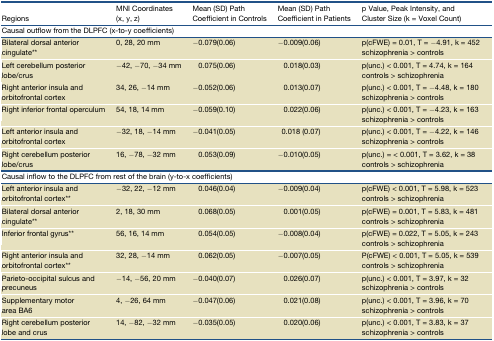
<table><thead><tr><td><b>Regions</b></td><td><b>MNI Coordinates (x, y, z)</b></td><td><b>Mean (SD) Path Coefficient in Controls</b></td><td><b>Mean (SD) Path Coefficient in Patients</b></td><td><b>p Value, Peak Intensity, and Cluster Size (k = Voxel Count)</b></td></tr></thead><tbody><tr><td colspan="5"><b>Causal outflow from the DLPFC (x-to-y coefficients)</b></td></tr><tr><td>Bilateral dorsal anterior cingulate<sup>∗∗</sup></td><td>0, 28, 20 mm</td><td>−0.079(0.06)</td><td>−0.009(0.06)</td><td>p(cFWE) = 0.01, T = −4.91, k = 452schizophrenia &gt; controls</td></tr><tr><td>Left cerebellum posterior lobe/crus</td><td>−42, −70, −34 mm</td><td>0.075(0.06)</td><td>0.018(0.03)</td><td>p(unc.) &lt; 0.001, T = 4.74, k = 164 controls &gt; schizophrenia</td></tr><tr><td>Right anterior insula and orbitofrontal cortex</td><td>34, 26, −14 mm</td><td>−0.052(0.06)</td><td>0.013(0.07)</td><td>p(unc.) &lt; 0.001, T = −4.48, k = 180schizophrenia &gt; controls</td></tr><tr><td>Right inferior frontal operculum</td><td>54, 18, 14 mm</td><td>−0.059(0.10)</td><td>0.022(0.06)</td><td>p(unc.) &lt; 0.001, T = −4.23, k = 163schizophrenia &gt; controls</td></tr><tr><td>Left anterior insula and orbitofrontal cortex</td><td>−32, 18, −14 mm</td><td>−0.041(0.05)</td><td>0.018 (0.07)</td><td>p(unc.) &lt; 0.001, T = −4.22, k = 146schizophrenia &gt; controls</td></tr><tr><td>Right cerebellum posterior lobe/crus</td><td>16, −78, −32 mm</td><td>0.053(0.09)</td><td>−0.010(0.05)</td><td>p(unc.) = &lt; 0.001, T = 3.62, k = 38controls &gt; schizophrenia</td></tr><tr><td colspan="5"><b>Causal inflow to the DLPFC from rest of the brain (y-to-x coefficients)</b></td></tr><tr><td>Left anterior insula and orbitofrontal cortex<sup>∗∗</sup></td><td>−32, 22, −12 mm</td><td>0.046(0.04)</td><td>−0.009(0.04)</td><td>p(cFWE) &lt; 0.001, T = 5.98, k = 523controls &gt; schizophrenia</td></tr><tr><td>Bilateral dorsal anterior cingulate<sup>∗∗</sup></td><td>2, 18, 30 mm</td><td>0.068(0.05)</td><td>0.001(0.05)</td><td>p(cFWE) = 0.001, T = 5.83, k = 481controls &gt; schizophrenia</td></tr><tr><td>Inferior frontal gyrus<sup>∗∗</sup></td><td>56, 16, 14 mm</td><td>0.054(0.05)</td><td>−0.008(0.04)</td><td>p(cFWE) = 0.022, T = 5.05, k = 243controls &gt; schizophrenia</td></tr><tr><td>Right anterior insula and orbitofrontal cortex<sup>∗∗</sup></td><td>32, 28, −14 mm</td><td>0.062(0.05)</td><td>−0.007(0.05)</td><td>P(cFWE) &lt; 0.001, T = 5.05, k = 539controls &gt; schizophrenia</td></tr><tr><td>Parieto-occipital sulcus and precuneus</td><td>−14, −56, 20 mm</td><td>−0.040(0.07)</td><td>0.026(0.07)</td><td>p(unc.) &lt; 0.001, T = 3.97, k = 32schizophrenia &gt; controls</td></tr><tr><td>Supplementary motor area BA6</td><td>4, −26, 64 mm</td><td>−0.047(0.06)</td><td>0.021(0.08)</td><td>p(unc.) &lt; 0.001, T = 3.96, k = 70schizophrenia &gt; controls</td></tr><tr><td>Right cerebellum posterior lobe and crus</td><td>14, −82, −32 mm</td><td>−0.035(0.05)</td><td>0.020(0.06)</td><td>p(unc.) &lt; 0.001, T = 3.83, k = 37schizophrenia &gt; controls</td></tr></tbody></table>